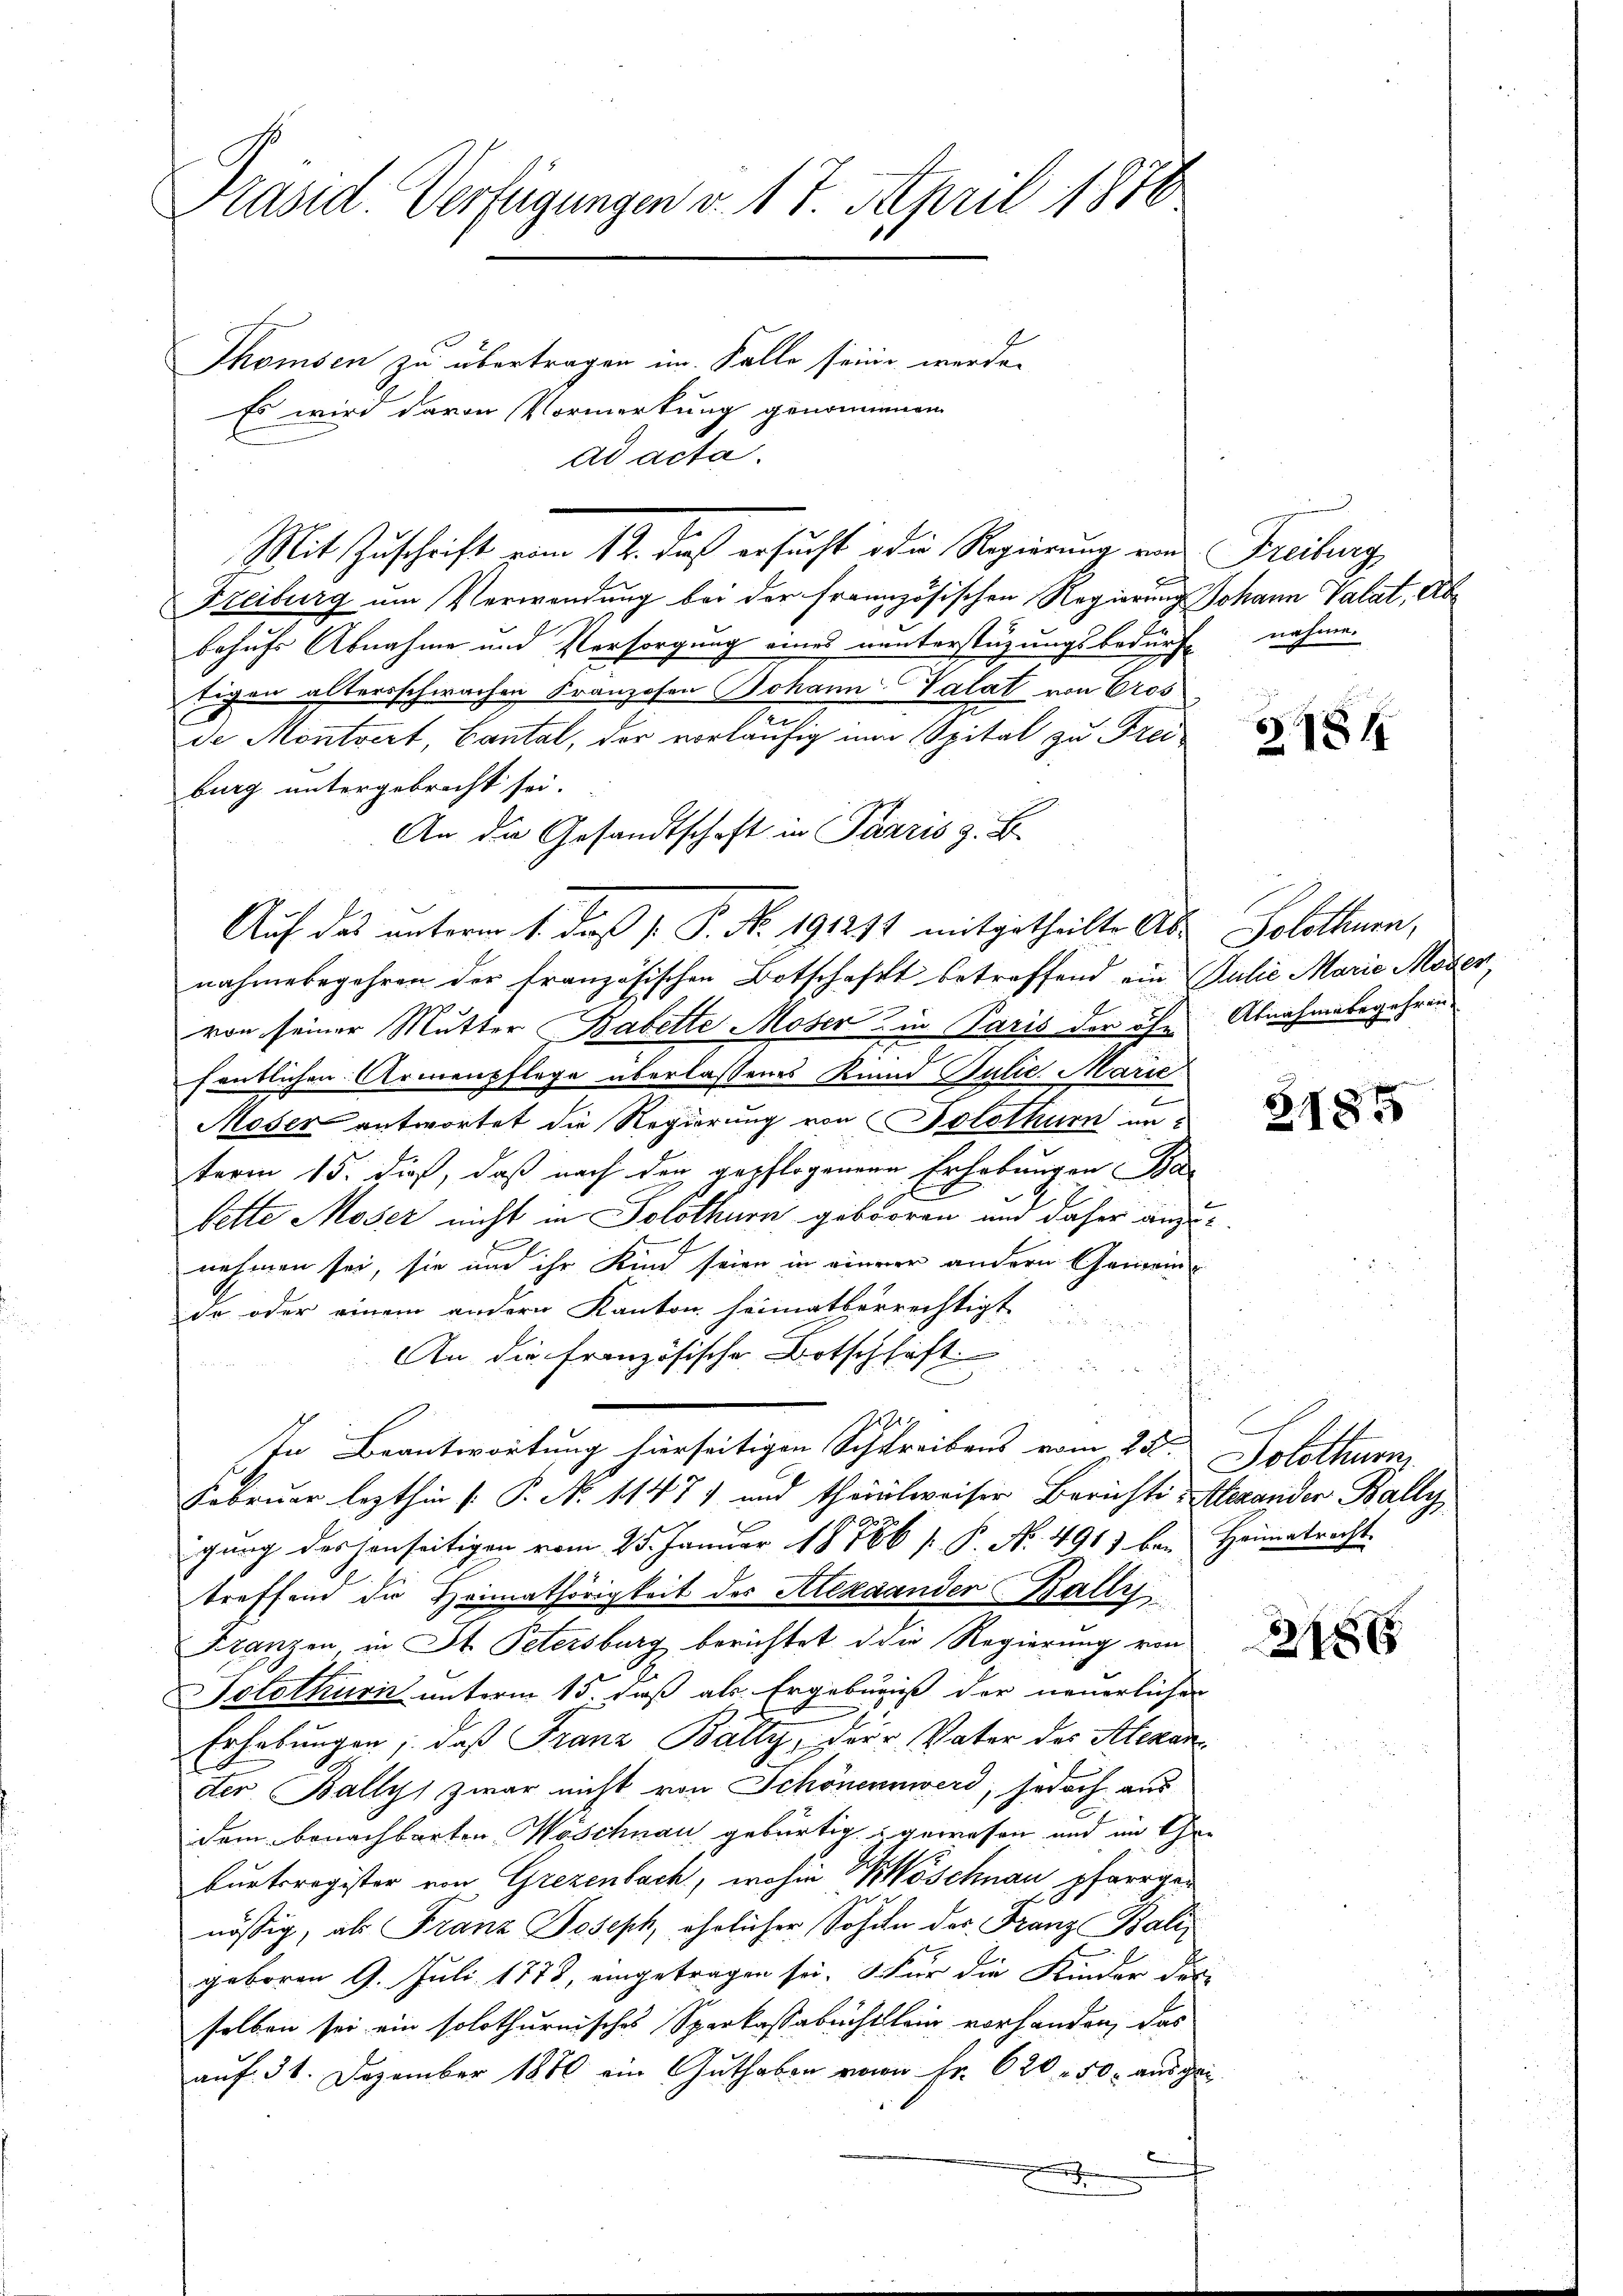
Präsid. Verfügungen v. 17. April 1876
Thomsen zu übertragen im Falle seine werden
Es wird davon Vormerkung genommen
ad acta.

Mit Zuschrift vom 12. daß ersucht die Regierung von Freibung,
Freiburg um Verwendung bei der französischen Regierung Johann Valat, Abbehufs Abnahme und Versorgung eines nunterstüzungsbedürfe nahme.
tigen alterschwachen Franzosen Johann Valat von Gros
de Montvert, Cantal, der vorläufig in Spital zu Freiburg untergebracht sei.
An die Gesandtschaft in Pazzis z. B.
Auf das unterm 1. daß P. P. Nr. 191211 mitgetheilte Ab- Solothurn,
nahmebegehren der französischen Botschaft betreffend ein Paulie Marie Möger,
von seiner Mutter Babette Moser & in Paris der ihn
fentlichen Armenpflege überlassenes Kinnd Julie Marie
Moser antwortet die Regierung von Solothurn in
term 15. dieß, daß nach den gepflogenen Erhebungen Bag
bette Moser nicht in Solothurn geboren und daher anzunehmen sei, sie und ihr Kind seien in einerer andern Gemeinde oder einem andern Kanton heimatberrechtigt
An die französische Botschhaft
e
In Beantwortung hierseitigen Schreibens vom 23. Solothurn,
Februar lezthin (: P. No 1147) und theilweiser Berichts-Merander Bally,
gung des jenseitigen vom 25. Januar 18586 / P. No. 491) bei Heimatrecht.
treffend die Heimathörigkeit des Alexaander Wallis
Franzen, in St. Petersburg berichtet d die Regierung von
Solothurn unterm 15. daß als Ergebniß der neuerlichen
Erhebungen, daß Franz Bally, der Vater des Alexandter Ballys zwar nicht von Schönennwerd, jedoch aus
dem benachbarten Wöschnau gebürtig & gewesen und im Ehe-
burtsregister von Grezenbach, wohin Möschnau, pfarrgen
nössig, als Franz Joseph, ähnlicher Sohne der Franz Baligeboren 9. Juli 1873, eingetragen sei. Für die Kinder der
selben sei ein solothurnisches Sparkassabuchtlein vorhanden, das
auf 31. Dezember 1880 ein Guthaben von Fr. 620 - 50. ausge¬
.
e

u

§ 184

Abnahmebegehren.

31855

2188